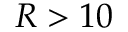
R > 1 0